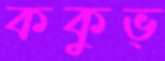
ককুভ্‌